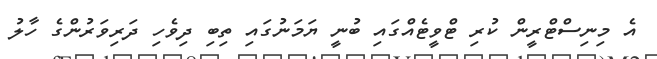
އެ މިނިސްޓްރީން ކުރި ޓްވީޓެއްގައި ބުނީ ޔަމަނުގައި ތިބި ދިވެހި ދަރިވަރުންގެ ހާލު